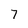
Character: 7